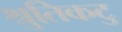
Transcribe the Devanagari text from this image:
श्रुतिकटु